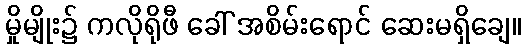
မှိုမျိုး၌ ကလိုရိုဖီ ခေါ် အစိမ်းရောင် ဆေးမရှိချေ။